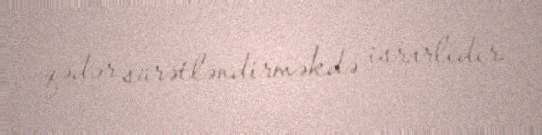
qədər sürətləndirməkdə israrlıdır.